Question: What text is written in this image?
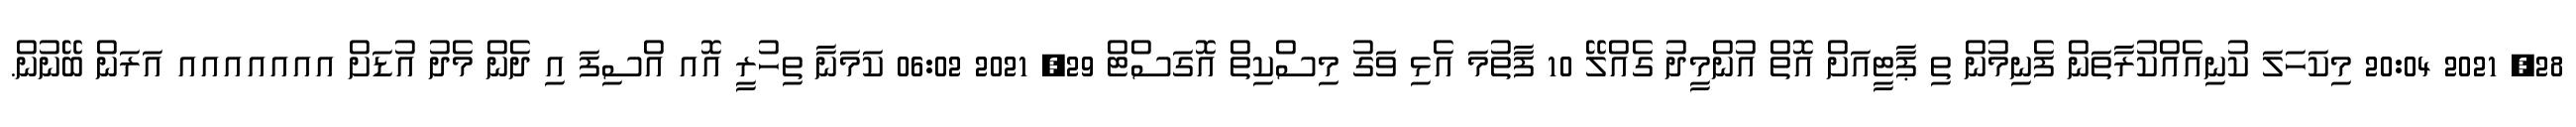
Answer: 28, 2021 20:04 މިކަހަލަ ކުނިއެއްކުރާތަން ފެނިމުން ތި ޕާޓީއަށް އޮތް އުންމީދު ގެއްލޭ 10 ފާތުމަ އެޅި ވަގު މިސްކިތް އޮގަސްޓް 29, 2021 06:02 ކަމަނާ ތިހުރީ އޮއ އްސިފަ އި ދެން މެދު އުޑަށް އއއއއއއ އަރަން ބޭނުން.